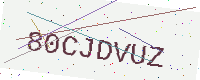
Text: 80CJDVUZ